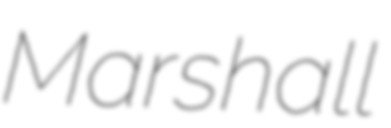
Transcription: Marshall